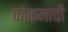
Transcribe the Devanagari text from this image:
कोकमाची